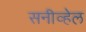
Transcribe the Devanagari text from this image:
सनीव्हेल